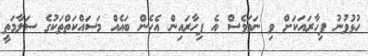
ހުޅުވުނު ފިހާރައަކަށް ވި ނަމަވެސް އެ ފިހާރައިން އެހެން ބައެއް މަސައްކަތްތަކުގެ ސަލާމަތީ